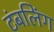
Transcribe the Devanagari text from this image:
टंबलिंग